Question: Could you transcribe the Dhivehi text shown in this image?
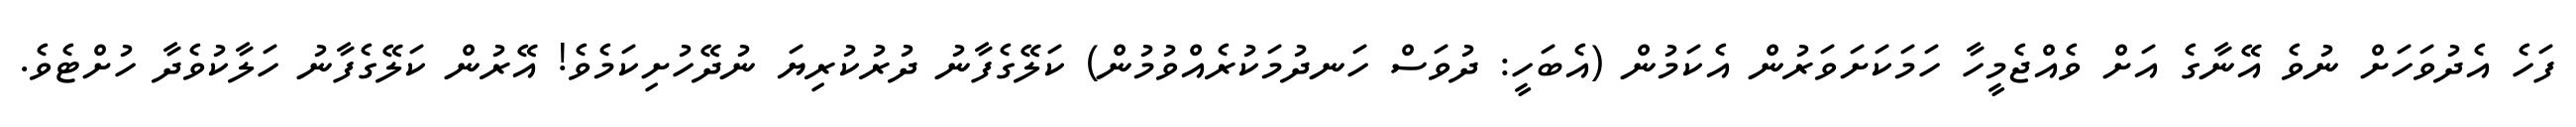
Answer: ފަހެ އެދުވަހަށް ނުވެ އޭނާގެ އަށް ވެއްޖެމީހާ ހަމަކަށަވަރުން އެކަމުން (އެބަހީ: ދުވަސް ހަނދުމަކުރެއްވުމުން) ކަލޭގެފާނު ދުރުކުރިޔަ ނުދޭހުށިކަމެވެ! އޭރުން ކަލޭގެފާނު ހަލާކުވެދާ ހުށްޓެވެ.